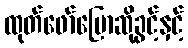
ထုတ်ဖော်ပြောဆိုခွင့်နှင့်